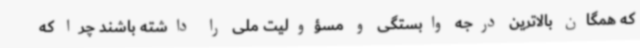
که همگان بالاترین درجه وابستگی و مسؤولیت ملی را داشته باشند چرا که